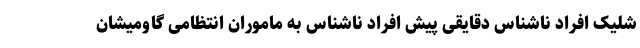
شلیک افراد ناشناس دقایقی پیش افراد ناشناس به ماموران انتظامی گاومیشان